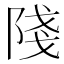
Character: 䧖